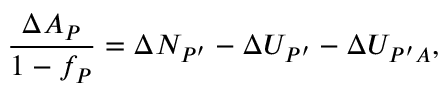
\frac { \Delta A _ { P } } { 1 - f _ { P } } = \Delta N _ { P ^ { \prime } } - \Delta U _ { P ^ { \prime } } - \Delta U _ { P ^ { \prime } A } ,